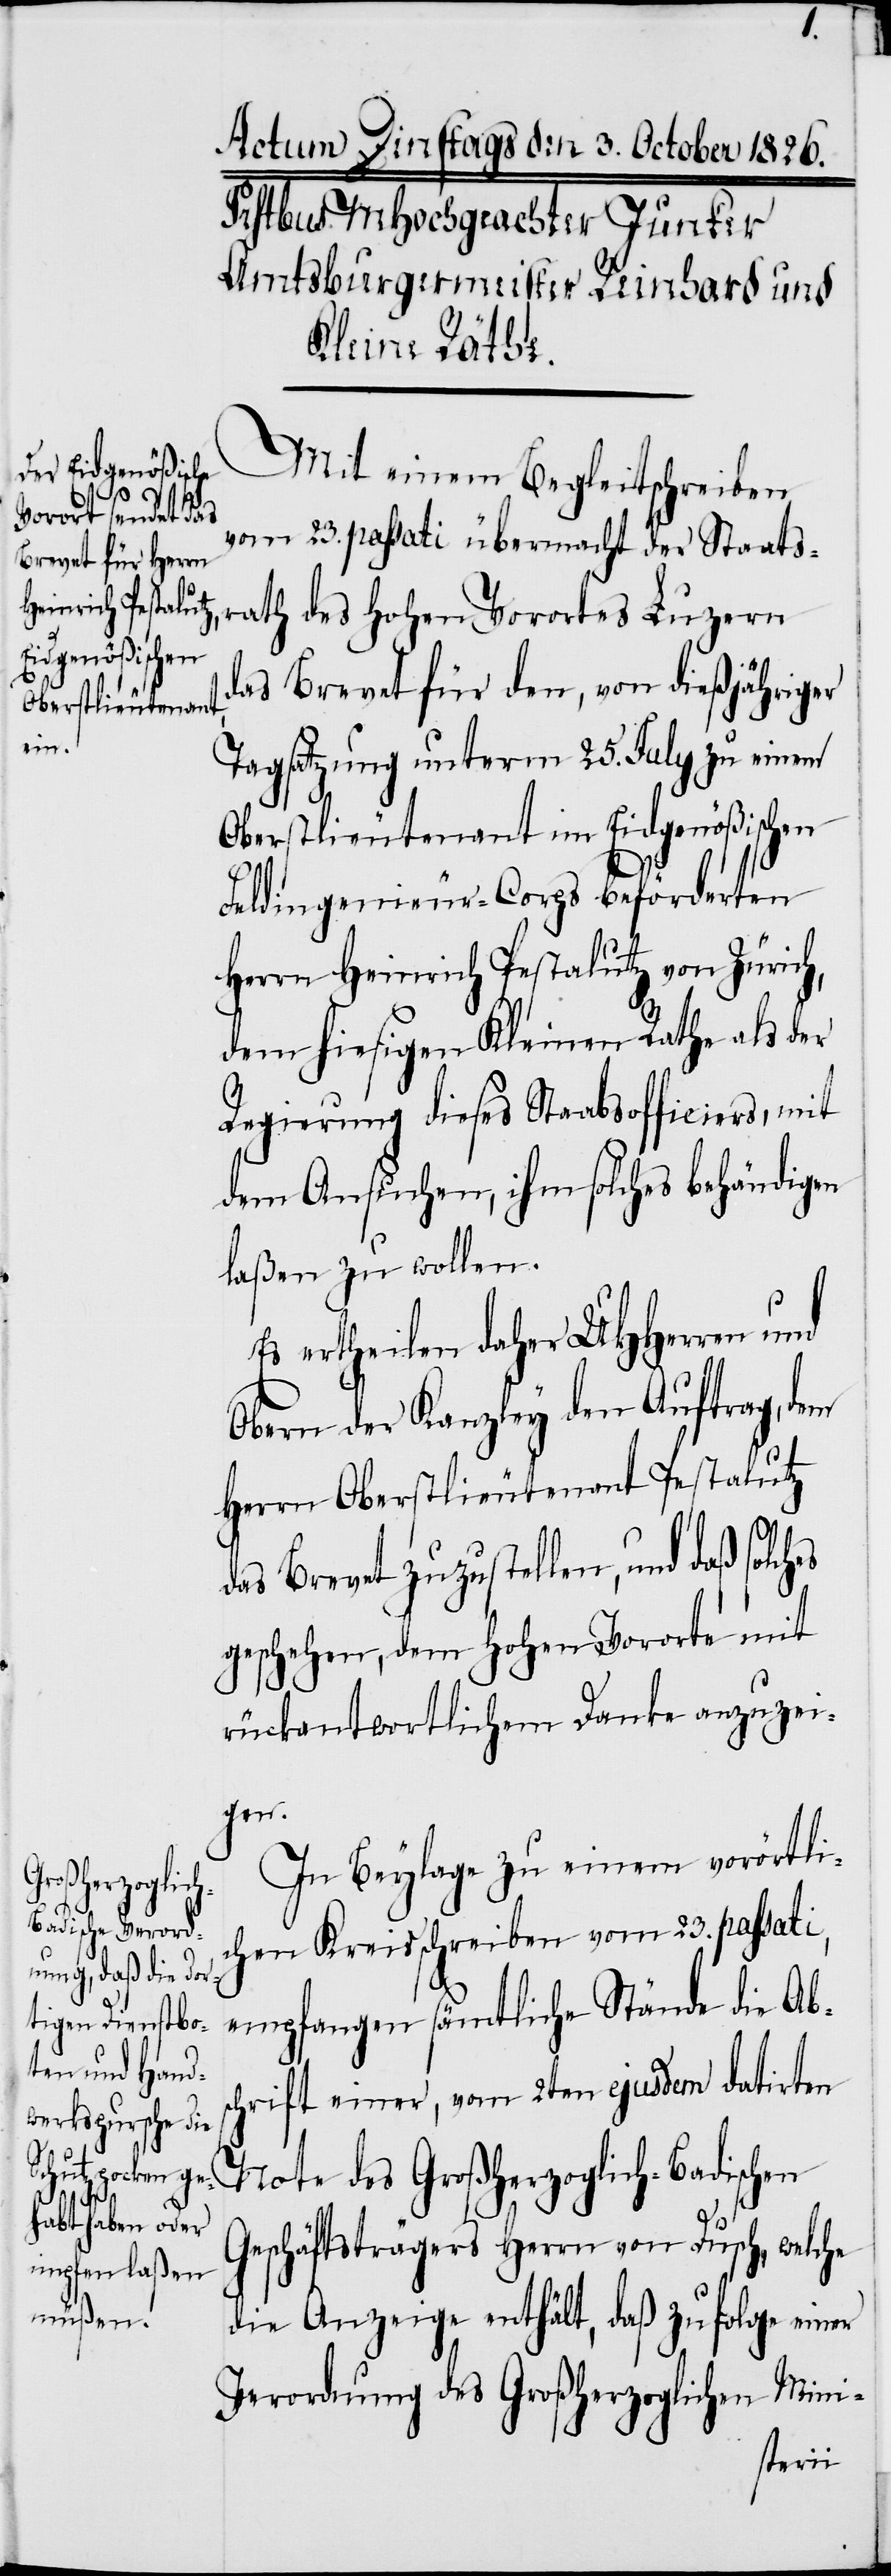
Mit einem Begleitschreiben
vom 23. passati übermacht der Staats¬
rath des Hohen Vorortes Luzern
das Brevet für den, von dießjähriger
Tagsatzung unterm 25. July zu einem
Oberstlieutenant im Eidgenößischen
Feldingenieur-Corps beförderten
Herrn Heinrich Pestalutz von Zürich,
dem hiesigen Kleinen Rathe als der
Regierung dieses Staabsofficiers, mit
dem Ansuchen, ihm solches behändigen
laßen zu wollen.
Es ertheilen daher UHHerren und
Obern der Kanzley den Auftrag, dem
Herrn Oberstlieutenant Pestalutz
das Brevet zuzustellen, und daß solches
geschehen, dem Hohen Vororte mit
rückantwortlichem Danke anzuzei¬
gen.
In Beylage zu einem vorörtli¬
chen Kreisschreiben vom 23. passati,
empfangen sämtliche Stände die Abs¬
chrift einer, vom 2ten ejusdem datirten
Note des Großherzoglich-Badischen
Geschäftsträgers Herrn von Dusch, welche
die Anzeige enthält, daß zufolge einer
Verordnung des Großherzoglichen Mini-